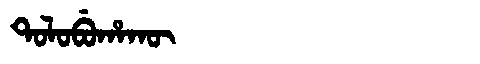
Manchu: ᡨᠣᠯᠣᠪᡠᡥᠠᡴᡡ
Romanization: TOLOBUHAKŪ